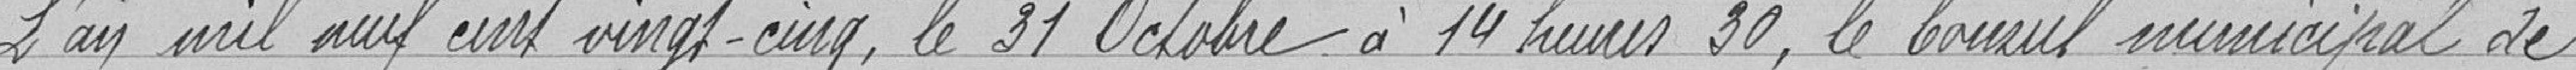
L'an mille neuf cent vingt-cinq, le 31 octobre à 14 heures 30, le conseil municipal de